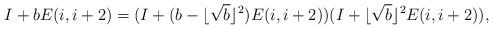
LaTeX: \begin{align*}I+ bE(i,i+2)&= (I+(b- \lfloor\sqrt{b}\rfloor^2)E(i, i+2)) (I+ \lfloor\sqrt{b}\rfloor^2 E(i,i+2)),\end{align*}